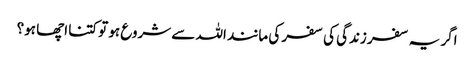
اگر یہ سفر زندگی کی سفر کی مانند اللہ سے شروع ہو تو کتنا اچھا ہو؟